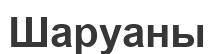
Шаруаны